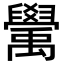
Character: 𥝊